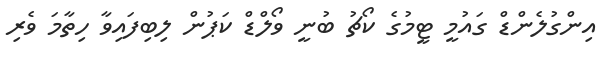
އިންގުލެންޑް ގައުމީ ޓީމުގެ ކޯޗު ބުނީ ވޯލްޑް ކަޕުން ލިބިފައިވާ ހިތާމަ ވެރި